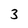
Character: 3